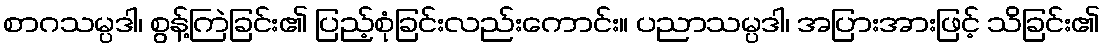
စာဂသမ္ပဒါ၊ စွန့်ကြဲခြင်း၏ ပြည့်စုံခြင်းလည်းကောင်း။ ပညာသမ္ပဒါ၊ အပြားအားဖြင့် သိခြင်း၏